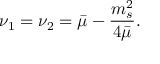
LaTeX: \nu _ { 1 } = \nu _ { 2 } = \bar { \mu } - \frac { m _ { s } ^ { 2 } } { 4 \bar { \mu } } .